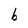
Character: b